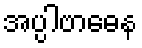
အပ္ပါဗာဓေန